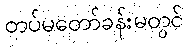
တပ်မတော်ခန်းမတွင်